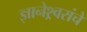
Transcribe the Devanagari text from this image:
ज्ञानेश्र्वरांचे